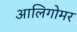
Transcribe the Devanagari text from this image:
आलिगोमर